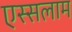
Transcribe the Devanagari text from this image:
एस्सलाम